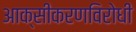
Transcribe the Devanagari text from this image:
आक्सीकरणविरोधी